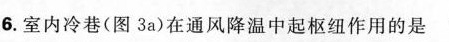
6.室内冷巷(图3a)在通风降温中起枢纽作用的是